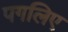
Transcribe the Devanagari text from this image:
पगलिए